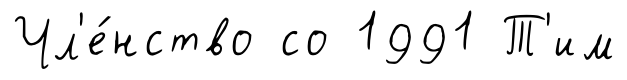
Чл'е́нство со 1991 Т'им